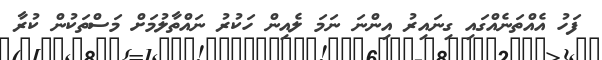
ފަހު އެއްތަނެއްގައި ގިނައިރު އިންނަ ނަމަ ލެއިން ހަކުރު ނައްތާލުމަށް މަސްތަކުން ކުރާ